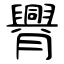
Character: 臖